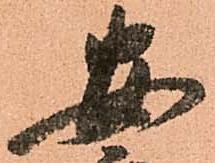
安